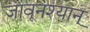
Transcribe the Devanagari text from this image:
जावूनश्यान्